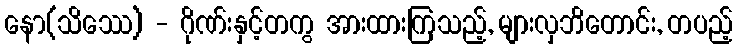
နော(သိဿေ) - ဂိုဏ်းနှင့်တကွ အားထားကြသည့်, များလှဘိတောင်း, တပည့်